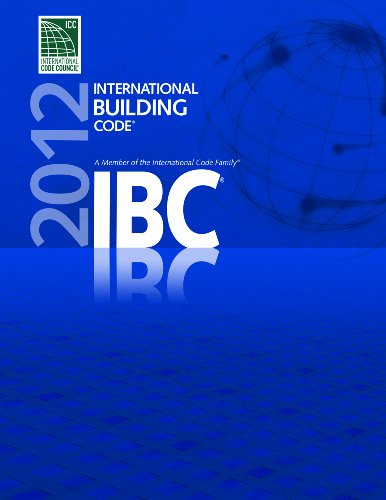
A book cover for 2012 International Building Code (International Code Council Series); International Code Council; Engineering & Transportation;